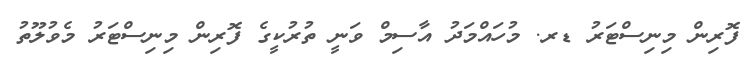
ފޮރިން މިނިސްޓަރު ޑރ. މުހައްމަދު އާސިމް ވަނީ ތުރުކީގެ ފޮރިން މިނިސްޓަރު މެވުލޫތު